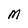
Character: M